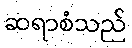
ဆရာစံသည်